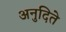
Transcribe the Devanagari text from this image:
अनुदिते